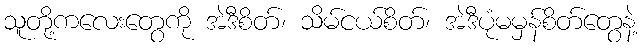
သူတို့ကလေးတွေကို အဲဒီစိတ်၊ သိမ်ငယ်စိတ်၊ အဲဒီပုံမမှန်စိတ်တွေနဲ့